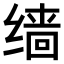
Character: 𫄱